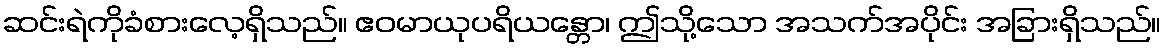
ဆင်းရဲကိုခံစားလေ့ရှိသည်။ ဧဝမာယုပရိယန္တော၊ ဤသို့သော အသက်အပိုင်း အခြားရှိသည်။